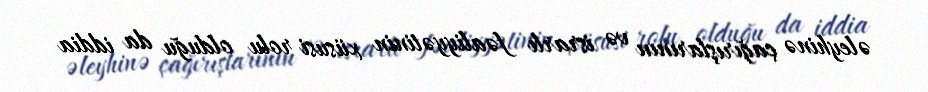
əleyhinə çağırışlarının və israrlı fəaliyyətinin xüsusi rolu olduğu da iddia